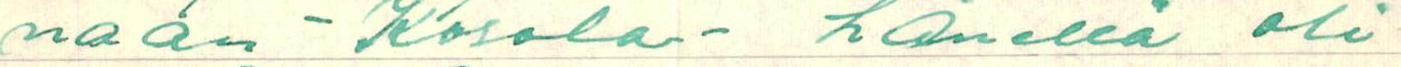
naan - Kosola- hänellä oli